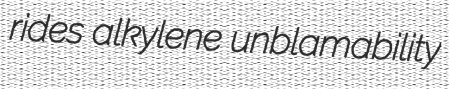
rides alkylene unblamability